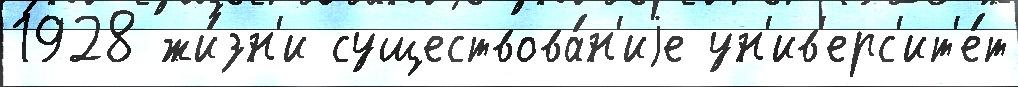
1928 жи́зн'и существова́н'иjе ун'ив'ерс'ит'е́т